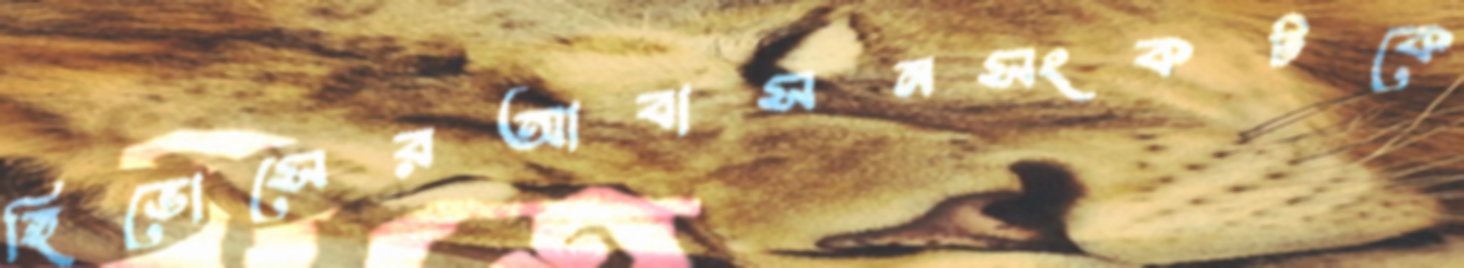
হিভোসেরআবাসনসংকটকে